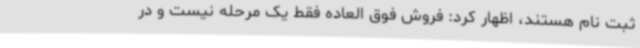
ثبت نام هستند، اظهار کرد: فروش فوق العاده فقط یک مرحله نیست و در